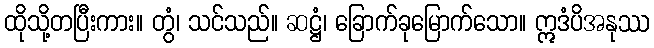
ထိုသို့တပြီးကား။ တွံ၊ သင်သည်။ ဆဋ္ဌံ၊ ခြောက်ခုမြောက်သော။ ဣဒံပိအနုဿ